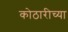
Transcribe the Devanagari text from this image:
कोठारीच्या